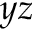
y z